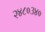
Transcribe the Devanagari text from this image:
२४८०३४०